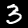
Label: 3